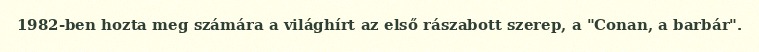
1982-ben hozta meg számára a világhírt az első rászabott szerep, a "Conan, a barbár".